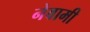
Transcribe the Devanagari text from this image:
नेवामी